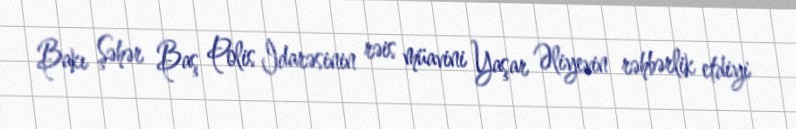
Bakı Şəhər Baş Polis İdarəsinin rəis müavini Yaşar Əliyevin rəhbərlik etdiyi